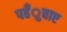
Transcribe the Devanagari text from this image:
पहँुचाए